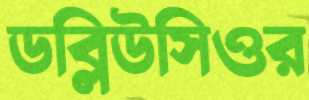
ডব্লিউসিওর